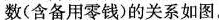
数(含备用零钱)的关系如图。